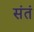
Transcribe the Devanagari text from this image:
संतं